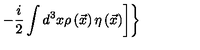
\left. \left. - \frac { i } { 2 } \int d ^ { 3 } x \rho \left( \vec { x } { } \right) \eta \left( \vec { x } { } \right) \right] \right\}